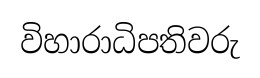
විහාරාධිපතිවරු